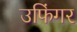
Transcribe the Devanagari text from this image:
उफिंगर